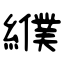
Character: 纀